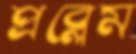
প্রব্লেম